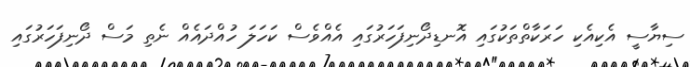
ސިޔާސީ އެކިއެކި ހަރަކާތްތަކުގައި އޮނޑިދޯނިފަހަރުގައި އެއްވެސް ކަހަލަ ހުއްދައެއް ނެތި މަސް ދޯނިފަހަރުގައި